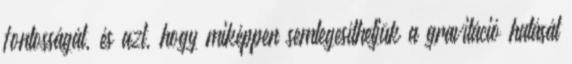
fontosságát, és azt, hogy miképpen semlegesíthetjük a gravitáció hatását